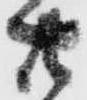
廿